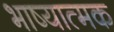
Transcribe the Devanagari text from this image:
भाष्यात्मक